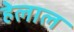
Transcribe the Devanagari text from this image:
हेलाल